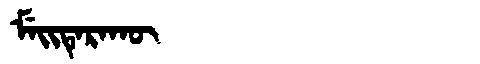
Manchu: ᠮᡝᡳᡨᡝᡵᠠᡴᡡ
Romanization: MEITERAKŪ